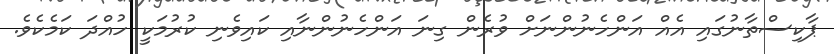
ޕާކިސްތާނުގައި އެއް އަންހެނުންނަށް ވުރެން ގިނަ އަންހެނުންނާއި ކައިވެނި ކުރުމަކީ ހުއްދަ ކަމެކެވެ.